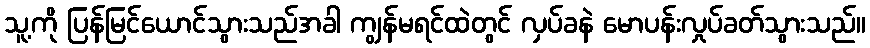
သူ့ကို ပြန်မြင်ယောင်သွားသည်အခါ ကျွန်မရင်ထဲတွင် လှပ်ခနဲ မောပန်းလှုပ်ခတ်သွားသည်။